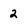
Character: 2